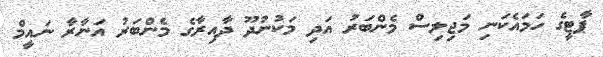
ޕާޓީގެ ހަމައެކަނި މަޖިލިސް މެންބަރު އަދި މަކުނުދޫ ދާއިރާގެ މެންބަރު އަނާރާ ނައީމް